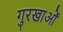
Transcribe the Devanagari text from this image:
गुरखाओं